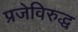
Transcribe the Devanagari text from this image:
प्रजेविरुद्ध